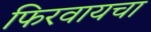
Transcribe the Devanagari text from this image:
फिरवायचा